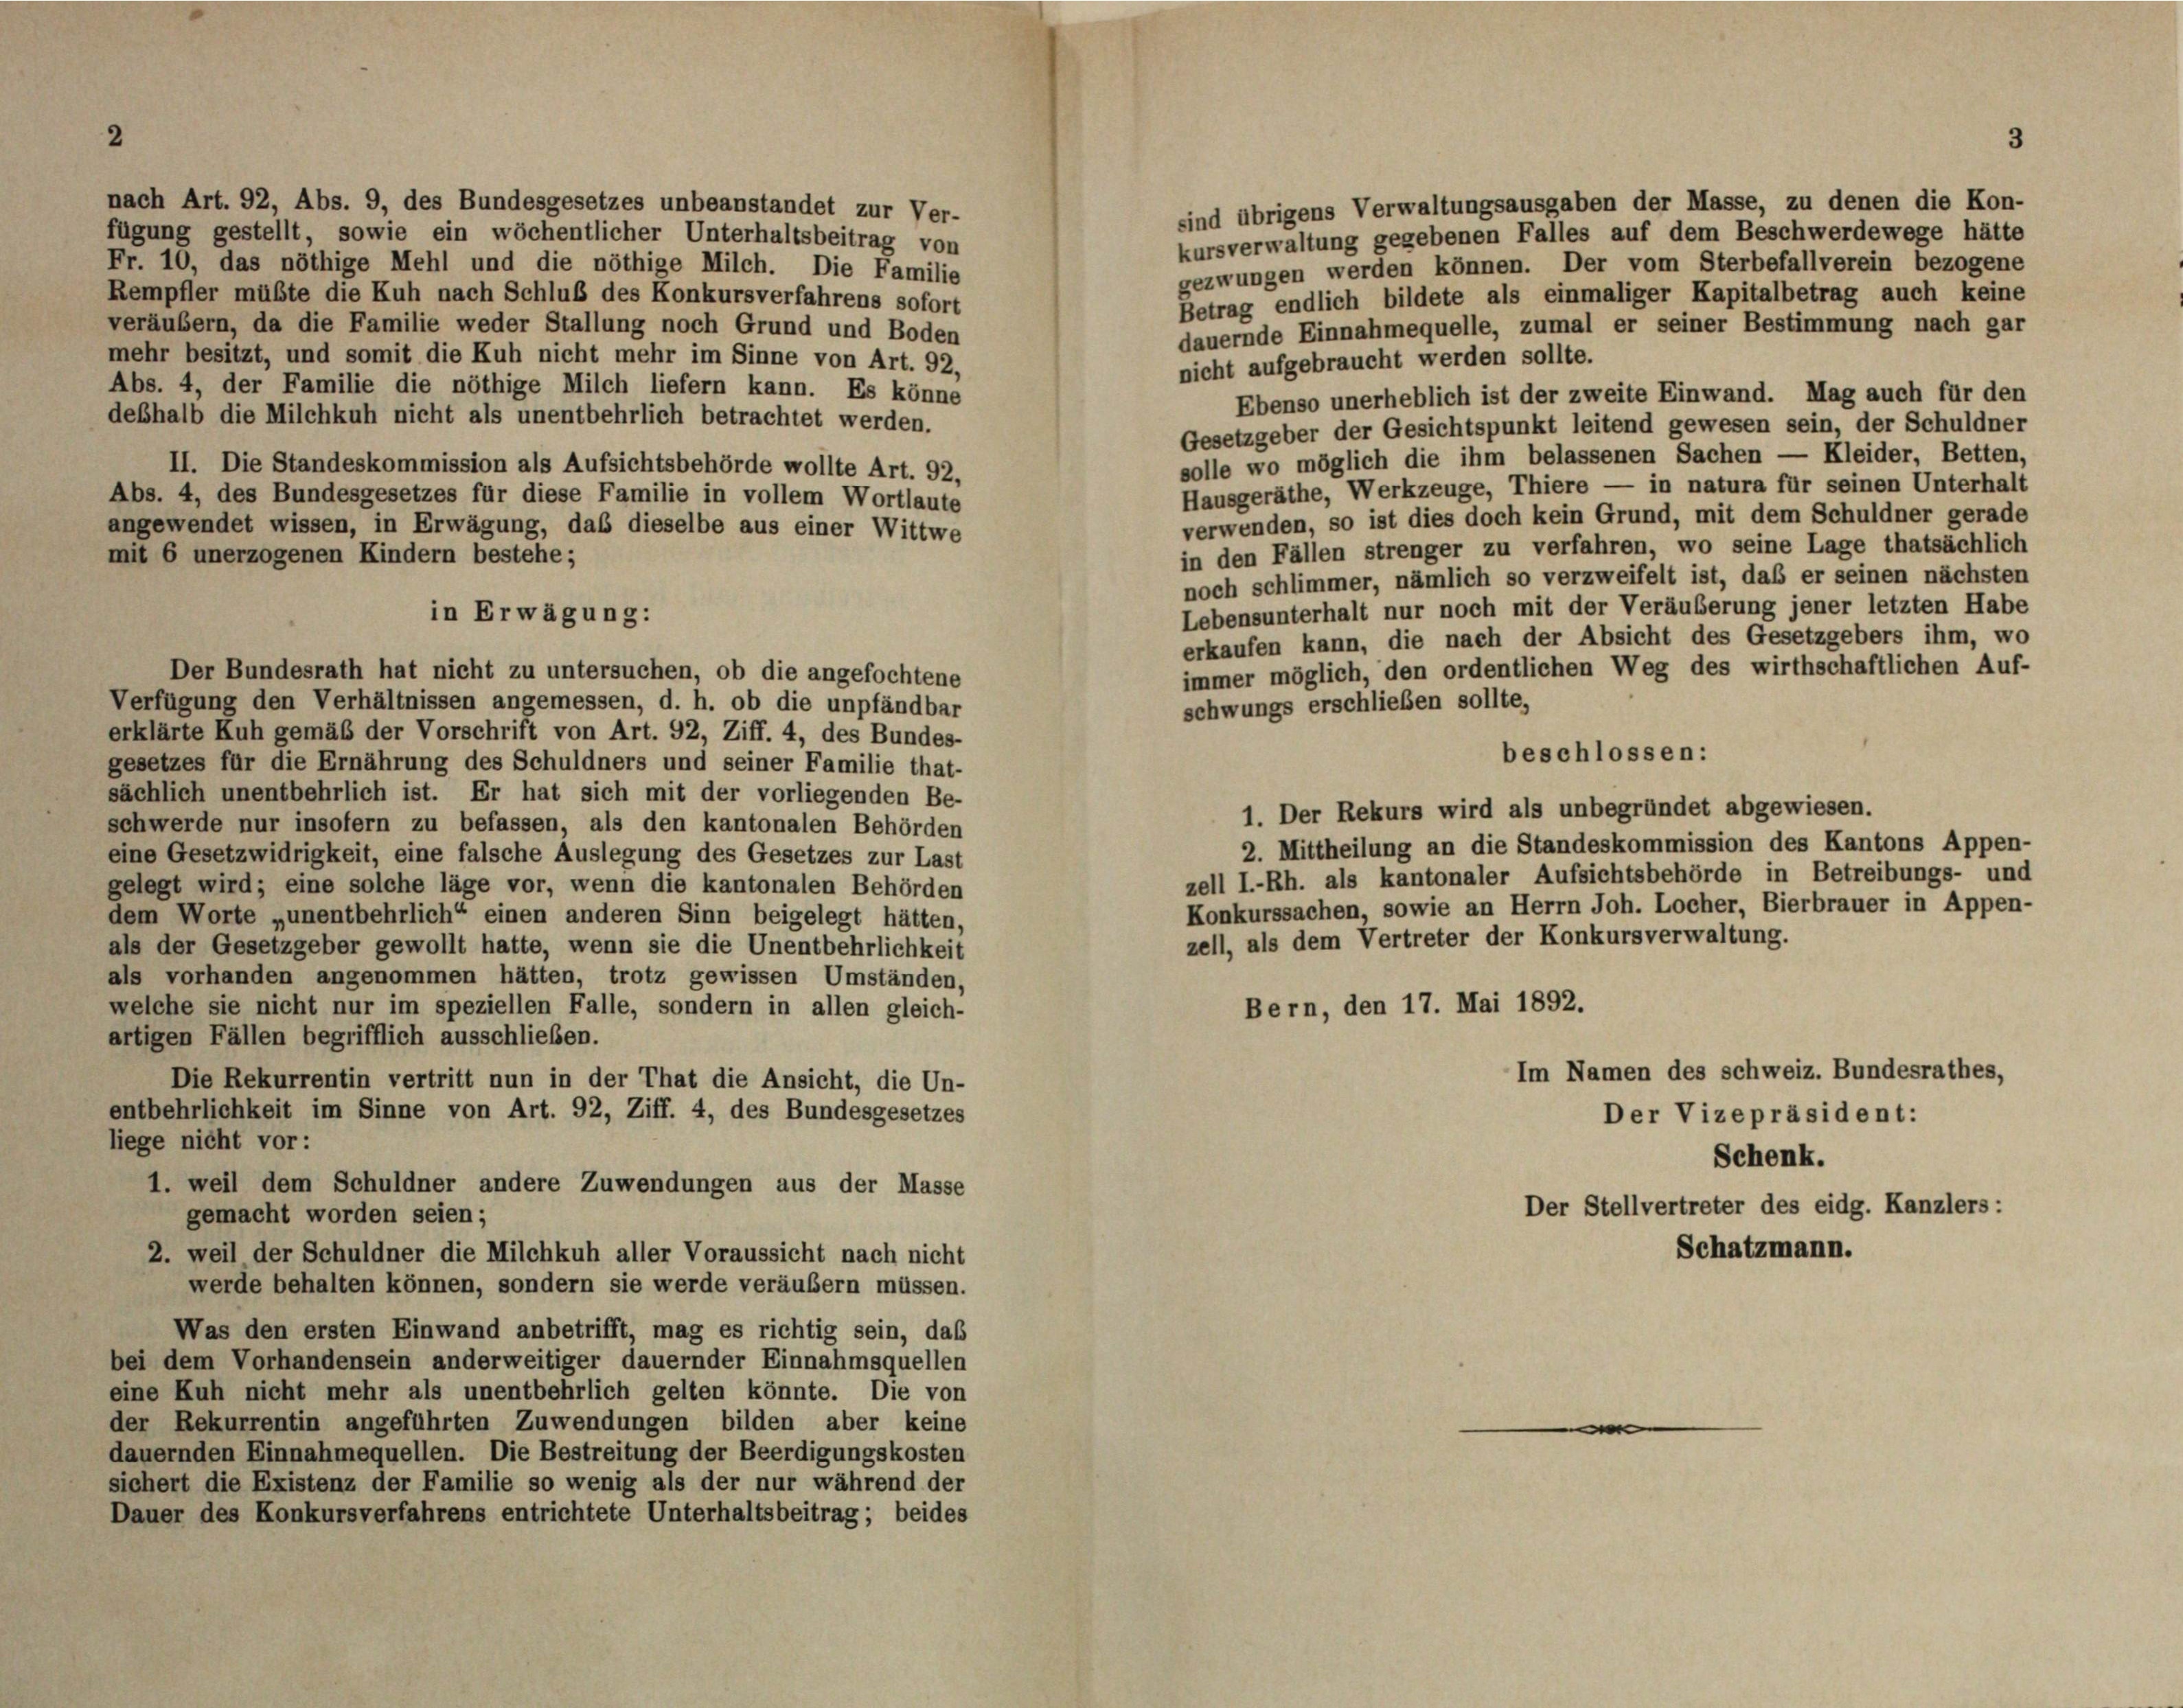
3

nach Art. 92, Abs. 9, des Bundesgesetzes unbeanstandet zur Ver-
sind übrigens Verwaltungsausgaben der Masse, zu denen die Kon-
fügung gestellt, sowie ein wöchentlicher Unterhaltsbeitrag von
kursverwaltung gegebenen Falles auf dem Beschwerdewege hätt
Fr. 10, das nöthige Mehl und die nöthige Milch. Die Familie
gezwungen werden können. Der vom Sterbefallverein bezogene
Rempfler müßte die Kuh nach Schluß des Konkursverfahrens sofort
Betrag endlich bildete als einmaliger Kapitalbetrag auch keine
veräubern, da die Familie weder Stallung noch Grund und Boden
dauernde Einnahmequelle, zumal er seiner Bestimmung nach gar
mehr besitzt, und somit die Kuh nicht mehr im Sinne von Art. 92.
nicht aufgebraucht werden sollte.
Abs. 4, der Familie die nöthige Milch liefern kann. Es könne
Ebenso unerheblich ist der zweite Einwand. Mag auch für den
deshalb die Milchkuh nicht als unentbehrlich betrachtet werden.
Gesetzgeber der Gesichtspunkt leitend gewesen sein, der Schuldner
solle wo möglich die ihm belassenen Sachen — Kleider, Betten,
II. Die Standeskommission als Aufsichtsbehörde wollte Art. 92,
Hausgeräthe, Werkzeuge, Thiere — in natura für seinen Unterhalt
Abs. 4, des Bundesgesetzes für diese Familie in vollem Wortlaute
verwenden, so ist dies doch kein Grund, mit dem Schuldner gerade
angewendet wissen, in Erwägung, daß dieselbe aus einer Wittwe
in den Fällen strenger zu verfahren, wo seine Lage thatsächlich
mit 6 unerzogenen Kindern bestehe;
noch schlimmer, nämlich so verzweifelt ist, daß er seinen nächsten
Lebensunterhalt nur noch mit der Veräuberung jener letzten Habe
in Erwägung:
erkaufen kann, die nach der Absicht des Gesetzgebers ihm, wo
immer möglich, den ordentlichen Weg des wirthschaftlichen Auf-
Der Bundesrath hat nicht zu untersuchen, ob die angefochtene
Verfügung den Verhältnissen angemessen, d. h. ob die unpfändbar
schwungs erschließen sollte,
erklärte Kuh gemäß der Vorschrift von Art. 92, Ziff. 4, des Bundes-
beschlossen:
gesetzes für die Ernährung des Schuldners und seiner Familie that-
sächlich unentbehrlich ist. Er hat sich mit der vorliegenden Be-
1. Der Rekurs wird als unbegründet abgewiesen.
schwerde nur insofern zu befassen, als den kantonalen Behörden
2. Mittheilung an die Standeskommission des Kantons Appen-
eine Gesetzwidrigkeit, eine falsche Auslegung des Gesetzes zur Last
zell I.-Rh. als kantonaler Aufsichtsbehörde in Betreibungs- und
gelegt wird; eine solche läge vor, wenn die kantonalen Behörden
Konkurssachen, sowie an Herrn Joh. Locher, Bierbrauer in Appen-
dem Worte „unentbehrlich“ einen anderen Sinn beigelegt hätten,
zell, als dem Vertreter der Konkursverwaltung.
als der Gesetzgeber gewollt hatte, wenn sie die Unentbehrlichkeit
als vorhanden angenommen hätten, trotz gewissen Umständen,
Bern, den 17. Mai 1892.
welche sie nicht nur im speziellen Falle, sondern in allen gleich-
artigen Fällen begrifflich ausschließen.
Im Namen des schweiz. Bundesrathes,
Die Rekurrentin vertritt nun in der That die Ansicht, die Un-
entbehrlichkeit im Sinne von Art. 92, Ziff. 4, des Bundesgesetzes
Der Vizepräsident:
liege nicht vor:
Schenk.
1. weil dem Schuldner andere Zuwendungen aus der Masse
Der Stellvertreter des eidg. Kanzlers:
gemacht worden seien;
2. weil der Schuldner die Milchkuh aller Voraussicht nach nicht
werde behalten können, sondern sie werde veräubern müssen.
Was den ersten Einwand anbetrifft, mag es richtig sein, daß
bei dem Vorhandensein anderweitiger dauernder Einnahmsquellen
eine Kuh nicht mehr als unentbehrlich gelten könnte. Die von
der Rekurrentin angeführten Zuwendungen bilden aber keine
dauernden Einnahmequellen. Die Bestreitung der Beerdigungskosten
sichert die Existenz der Familie so wenig als der nur während der
Dauer des Konkursverfahrens entrichtete Unterhaltsbeitrag; beides